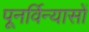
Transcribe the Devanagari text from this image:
पूनर्विन्यासों